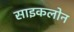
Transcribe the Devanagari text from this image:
साइकलोन